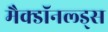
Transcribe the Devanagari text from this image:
मैक्डॉनल्ड्स